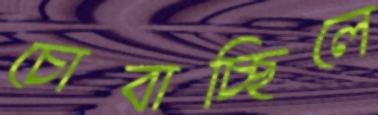
চোবাচ্ছিলে